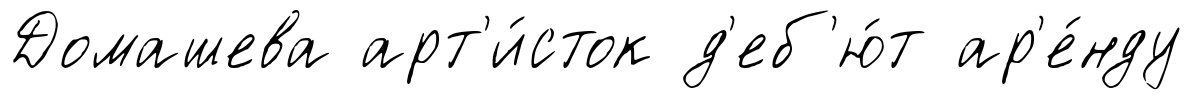
Домашева арт'и́сток д'еб'ю́т ар'е́нду